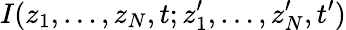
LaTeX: I(z_{1},\dots,z_{N},t;z_{1}^{\prime},\dots,z_{N}^{\prime},t^{\prime})